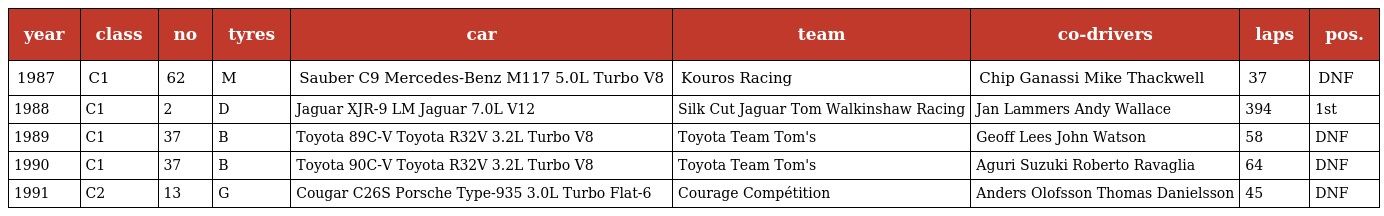
| year | class | no | tyres | car | team | co-drivers | laps | pos. |
 | --- | --- | --- | --- | --- | --- | --- | --- | --- |
 | 1987 | C1 | 62 | M | Sauber C9 Mercedes-Benz M117 5.0L Turbo V8 | Kouros Racing | Chip Ganassi Mike Thackwell | 37 | DNF |
 | 1988 | C1 | 2 | D | Jaguar XJR-9 LM Jaguar 7.0L V12 | Silk Cut Jaguar Tom Walkinshaw Racing | Jan Lammers Andy Wallace | 394 | 1st |
 | 1989 | C1 | 37 | B | Toyota 89C-V Toyota R32V 3.2L Turbo V8 | Toyota Team Tom's | Geoff Lees John Watson | 58 | DNF |
 | 1990 | C1 | 37 | B | Toyota 90C-V Toyota R32V 3.2L Turbo V8 | Toyota Team Tom's | Aguri Suzuki Roberto Ravaglia | 64 | DNF |
 | 1991 | C2 | 13 | G | Cougar C26S Porsche Type-935 3.0L Turbo Flat-6 | Courage Compétition | Anders Olofsson Thomas Danielsson | 45 | DNF |